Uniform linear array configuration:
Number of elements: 16
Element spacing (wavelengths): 0.5
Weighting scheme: uniform
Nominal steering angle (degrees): -60
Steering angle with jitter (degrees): -61.375
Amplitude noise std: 0.05
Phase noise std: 0.05

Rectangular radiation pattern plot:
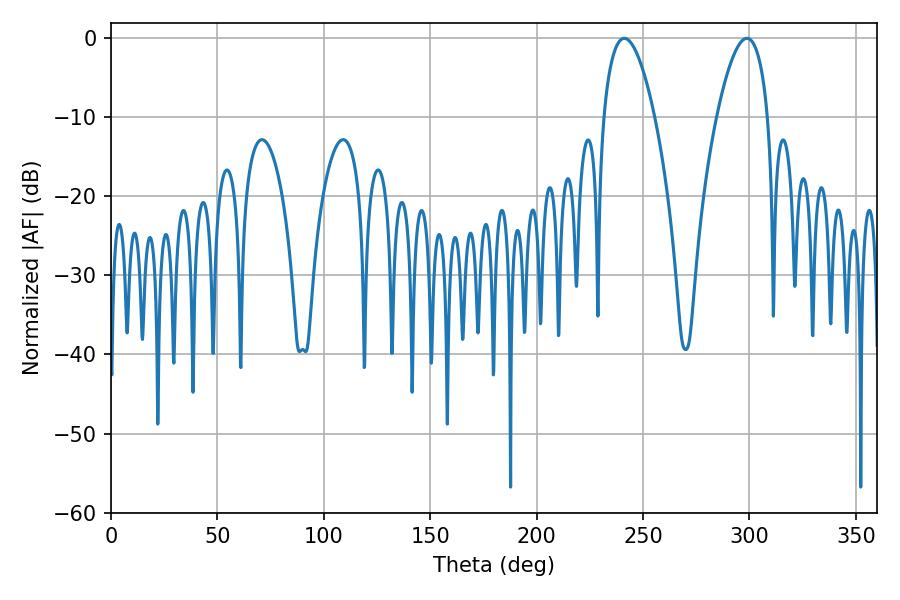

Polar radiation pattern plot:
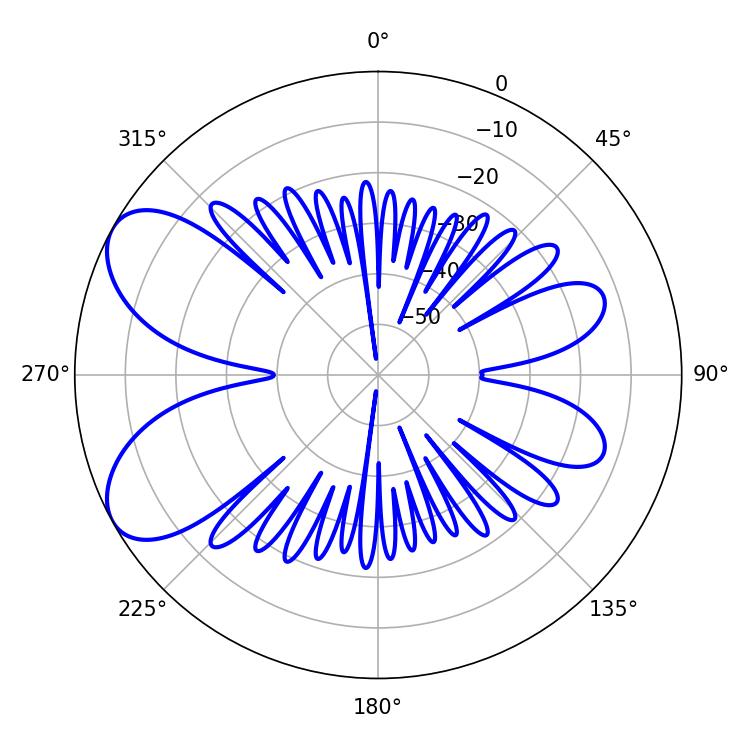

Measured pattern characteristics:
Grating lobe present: FALSE
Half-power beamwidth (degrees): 13.32
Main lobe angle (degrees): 241.2